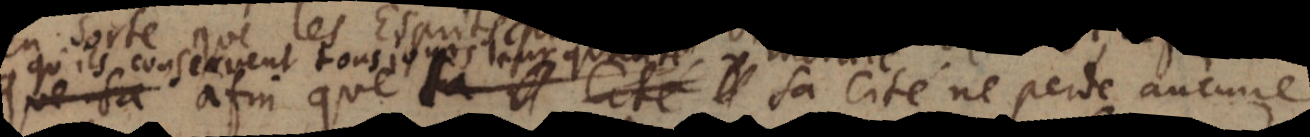
que sa Cité ne perde aucune